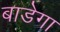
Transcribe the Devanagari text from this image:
बाडेगा